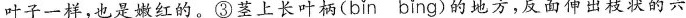
叶子一样，也是嫩红的。③茎上长叶\underset{·}{柄}(bǐn bǐng)的地方，反面伸出枝状的六